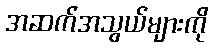
အဆက်အသွယ်များကို